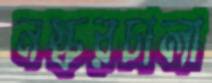
নস্করচালা